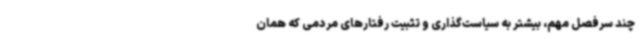
چند سرفصل مهم، بیشتر به سیاست‌گذاری و تثبیت رفتارهای مردمی که همان